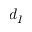
d _ { I }